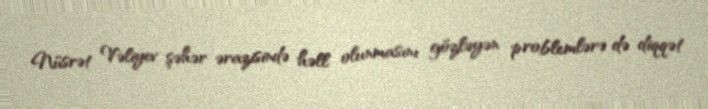
Nüsrət Vəliyev şəhər ərazisində həll olunmasını gözləyən problemlərə də diqqət